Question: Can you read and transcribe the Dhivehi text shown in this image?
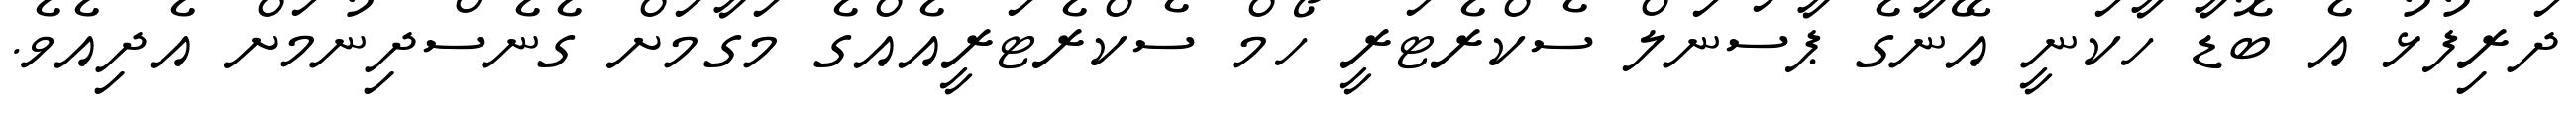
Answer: ދަރިފުޅު އެ ބޮޑާ ހާކަނީ އޭނާގެ ޕާސަނަލް ސެކްރެޓަރީ ހޯމް ސެކްރެޓަރީއެއްގެ މަގާމަށް ގެނެސްދިނުމަށް އެދިއެވެ.